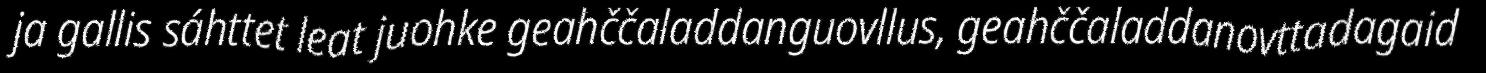
ja gallis sáhttet leat juohke geahččaladdanguovllus, geahččaladdanovttadagaid